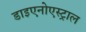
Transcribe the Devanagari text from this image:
डाइएनोएस्ट्राल